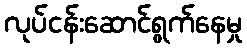
လုပ်ငန်းဆောင်ရွက်နေမှု